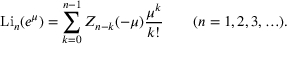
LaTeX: \operatorname { L i } _ { n } ( e ^ { \mu } ) = \sum _ { k = 0 } ^ { n - 1 } Z _ { n - k } ( - \mu ) { \frac { \mu ^ { k } } { k ! } } \qquad ( n = 1 , 2 , 3 , \ldots ) .